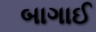
બાગાઈ